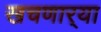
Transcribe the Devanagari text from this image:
खचणार्‍या